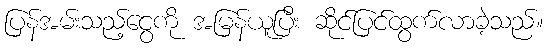
ပြန်အမ်းသည့်ငွေကို အမြန်ယူပြီး ဆိုင်ပြင်ထွက်လာခဲ့သည်။